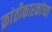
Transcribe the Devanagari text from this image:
क्रांतीकारकांच्या